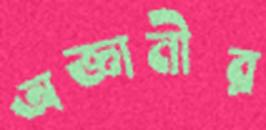
অজ্ঞানীর